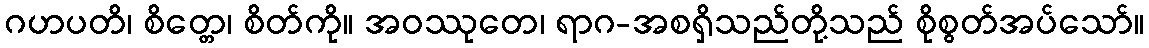
ဂဟပတိ၊ စိတ္တေ၊ စိတ်ကို။ အဝဿုတေ၊ ရာဂ-အစရှိသည်တို့သည် စိုစွတ်အပ်သော်။